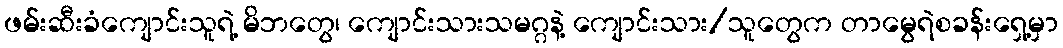
ဖမ်းဆီးခံကျောင်းသူရဲ့ မိဘတွေ၊ ကျောင်းသားသမဂ္ဂနဲ့ ကျောင်းသား/သူတွေက တာမွေရဲစခန်းရှေ့မှာ